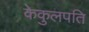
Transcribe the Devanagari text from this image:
केकुलपति